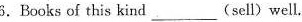
6.Books of this kind___(sell) well,